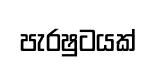
පැරෂුටයක්